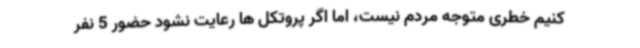
کنیم خطری متوجه مردم نیست، اما اگر پروتکل ها رعایت نشود حضور 5 نفر